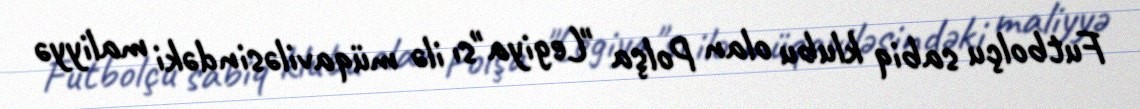
Futbolçu sabiq klubu olan Polşa "Legiya"sı ilə müqaviləsindəki maliyyə